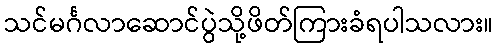
သင်မင်္ဂလာဆောင်ပွဲသို့ဖိတ်ကြားခံရပါသလား။